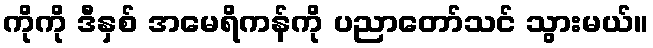
ကိုကို ဒီနှစ် အမေရိကန်ကို ပညာတော်သင် သွားမယ်။